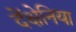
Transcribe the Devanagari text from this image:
देंक्षेनिया